Civil Veterinary Department Bihar & Orissa reports 1929-36 - 1929-1936
Year: 1929
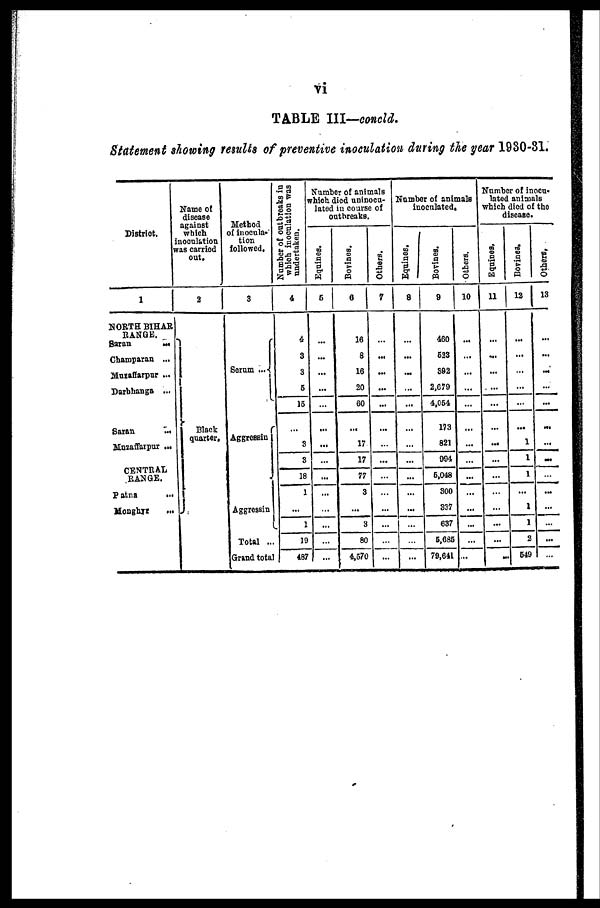
vi
TABLE III—concld.
Statement showing results of preventive inoculation during the year 1930-31.
District.
1
NORTH BIHAR
RANGE.
Saran ...
Champaran ...
Muzaffarpur ...
Darbhanga ...
Saran ...
Muzaffarpur ...
CENTRAL
RANGE.
Patna ...
Monghyr ...
Name of
disease
against
which
inoculation
was carried
out.
2
Black
quarter.
Method
of inocula-
tion
followed.
3
Serum ...
Aggressin
Aggressin
Total ...
Grand total
Number of outbreaks in
which inoculation was
undertaken.
4
4
3
3
5
15
...
3
3
18
1
...
...
19
487
Number of animals
which died uninocu-
lated in course of
outbreaks.
Equines.
5
...
...
...
...
...
...
...
...
...
...
...
...
...
...
Bovines.
6
16
8
16
20
60
...
17
17
77
3
...
3
80
4,570
Others.
7
...
...
...
...
...
...
...
...
...
...
...
...
...
...
Number of animals
inoculated.
Equines.
8
...
...
...
...
...
...
...
...
...
...
...
...
...
...
Bovines.
9
460
523
392
2,679
4,054
173
821
994
5,048
300
337
637
5,685
79,641
Others.
10
...
...
...
...
...
...
...
...
...
...
...
...
...
...
Number of inocu-
lated animals
which died of the
disease.
Equines,
11
...
...
...
...
...
...
...
...
...
...
...
...
...
...
Bovines.
12
...
...
...
...
...
...
...
1
1
...
1
1
2
549
Others.
13
...
...
...
...
...
...
...
...
...
...
...
...
...
...